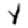
Digit: 1